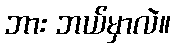
ဘား ဘယ်မှာလဲ။